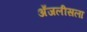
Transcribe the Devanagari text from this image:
अँजलीसला